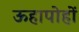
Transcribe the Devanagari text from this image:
ऊहापोहों